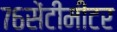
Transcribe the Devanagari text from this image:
७६सेंटीमीटर